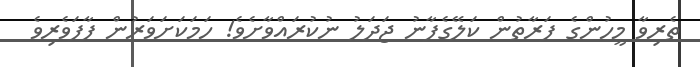
ތެރިވާ މީހުންގެ ފަރާތުން ކަލޭގެފާނު ޖަދަލު ނުކުރައްވާށެވެ! ހަމަކަށަވަރުން ފާފަވެރިވެ